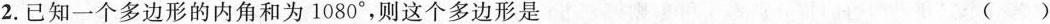
2.已知一个多边形的内角和为1080°，则这个多边形是 ()